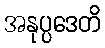
အနုပ္ပဒေတိ